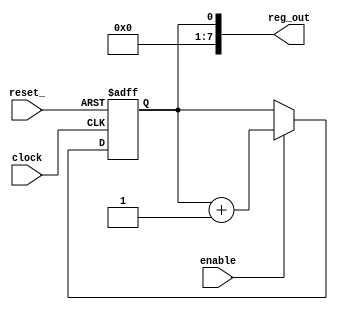
module reg1(reset_,
            enable,
            clock,
            reg_out);
// Location of source csl unit: file name = parameter_test6.csl line number = 3
//  Bitrange of state register port for register module reg1 is of another type than number. No evaluation support available. Default is [0:0].
  parameter data_width = 8;
  parameter MIN_VALUE = {0 {1'b0}};
  input reset_;
  input enable;
  input clock;
  output [data_width - 1:0] reg_out;
  reg st_reg;
  assign   reg_out = st_reg;

  always @( posedge clock or negedge reset_ )  begin 
    if ( ~(reset_) )  begin 
      st_reg <= MIN_VALUE;
    end
    else if ( enable )  begin 
        st_reg <= st_reg + 1;
      end
  end
  endmodule